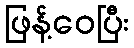
ဖြန့်ဝေပြီး